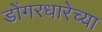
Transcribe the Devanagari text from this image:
डोंगरधारेच्या